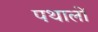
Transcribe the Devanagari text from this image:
पथालों